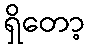
ရှိတော့